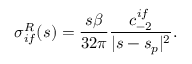
\sigma _ { i f } ^ { R } ( s ) = \frac { s \beta } { 3 2 \pi } \frac { c _ { - 2 } ^ { i f } } { \vert s - s _ { p } \vert ^ { 2 } } .